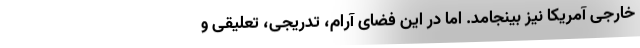
خارجی آمریکا نیز بینجامد. اما در این فضای آرام، تدریجی، تعلیقی و